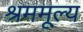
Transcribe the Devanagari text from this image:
श्रममूल्य